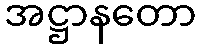
အဋ္ဌာနတော